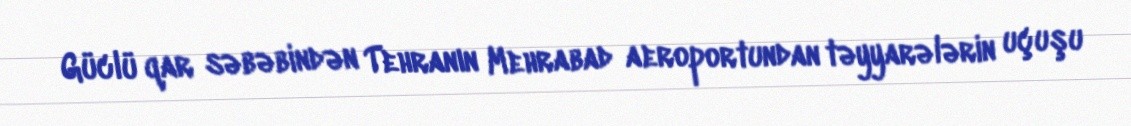
Güclü qar səbəbindən Tehranın Mehrabad aeroportundan təyyarələrin uçuşu